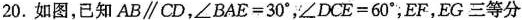
20.如图，已知$$A B \parallel C D$$，$$∠ B A E = 3 0